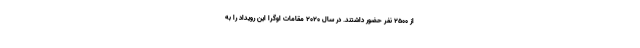
از ۲۵۰۰ نفر حضور داشتند. در سال ۲۰۲۰ مقامات اوگرا این رویداد را به